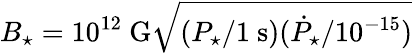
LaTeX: B_{\star}=10^{12}~\mathrm{G}\sqrt{(P_{\star}/1~\mathrm{s})(\dot{P}_{\star}/10^{-15})}